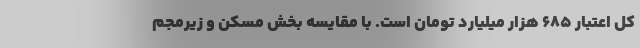
کل اعتبار ۶۸۵ هزار میلیارد تومان است. با مقایسه بخش مسکن و زیرمجم